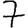
Digit: 7